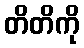
တိတိကို